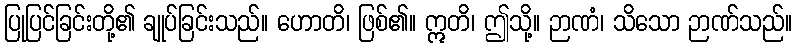
ပြုပြင်ခြင်းတို့၏ ချုပ်ခြင်းသည်။ ဟောတိ၊ ဖြစ်၏။ ဣတိ၊ ဤသို့။ ဉာဏံ၊ သိသော ဉာဏ်သည်။